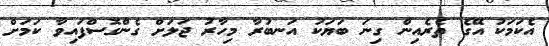
އެކަމަކު އޭގެ ތެރެއިން ގިނަ ބަޔަކު އަނބުރާ މިހާރު ޖަލަށް ގެންގޮސްފައިވާ ކަމަށް